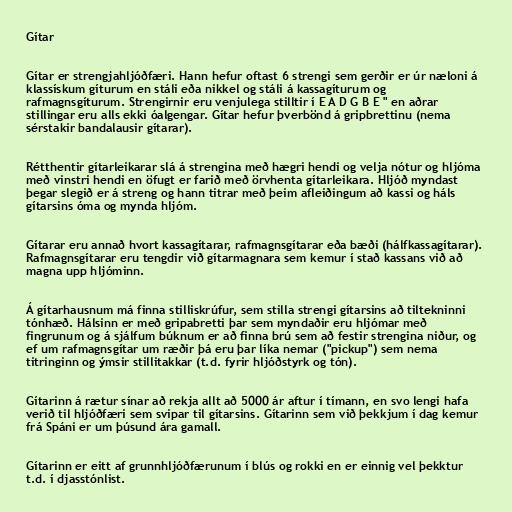
Gítar

Gítar er strengjahljóðfæri. Hann hefur oftast 6 strengi sem gerðir er úr næloni á
klassískum gíturum en stáli eða nikkel og stáli á kassagíturum og
rafmagnsgíturum. Strengirnir eru venjulega stilltir í E A D G B E " en aðrar
stillingar eru alls ekki óalgengar. Gítar hefur þverbönd á gripbrettinu (nema
sérstakir bandalausir gítarar).

Rétthentir gítarleikarar slá á strengina með hægri hendi og velja nótur og hljóma
með vinstri hendi en öfugt er farið með örvhenta gítarleikara. Hljóð myndast
þegar slegið er á streng og hann titrar með þeim afleiðingum að kassi og háls
gítarsins óma og mynda hljóm.

Gítarar eru annað hvort kassagítarar, rafmagnsgítarar eða bæði (hálfkassagítarar).
Rafmagnsgítarar eru tengdir við gítarmagnara sem kemur í stað kassans við að
magna upp hljóminn.

Á gítarhausnum má finna stilliskrúfur, sem stilla strengi gítarsins að tiltekninni
tónhæð. Hálsinn er með gripabretti þar sem myndaðir eru hljómar með
fingrunum og á sjálfum búknum er að finna brú sem að festir strengina niður, og
ef um rafmagnsgítar um ræðir þá eru þar líka nemar ("pickup") sem nema
titringinn og ýmsir stillitakkar (t.d. fyrir hljóðstyrk og tón).

Gítarinn á rætur sínar að rekja allt að 5000 ár aftur í tímann, en svo lengi hafa
verið til hljóðfæri sem svipar til gítarsins. Gítarinn sem við þekkjum í dag kemur
frá Spáni er um þúsund ára gamall.

Gítarinn er eitt af grunnhljóðfærunum í blús og rokki en er einnig vel þekktur
t.d. í djasstónlist.